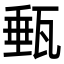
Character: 甀